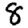
Digit: 8